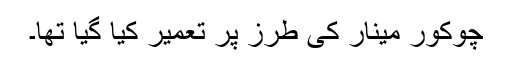
چوکور مینار کی طرز پر تعمیر کیا گیا تھا۔